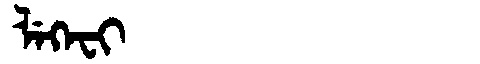
Manchu: ᠯᡝᡴᡝᠸᡳ
Romanization: LEKEFI